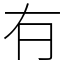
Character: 𠕆